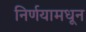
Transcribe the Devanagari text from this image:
निर्णयामधून